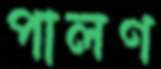
পালণ